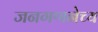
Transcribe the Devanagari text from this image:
जनगणनेच्य